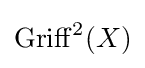
\operatorname {Griff} ^{2}(X)